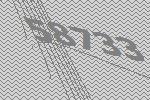
58733